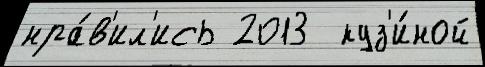
нра́в'ил'ись 2013  куз'и́ной